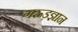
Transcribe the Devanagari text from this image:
गरूड़ज्ञान